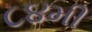
૮૪મી